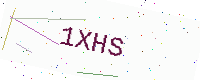
Text: 1XHS